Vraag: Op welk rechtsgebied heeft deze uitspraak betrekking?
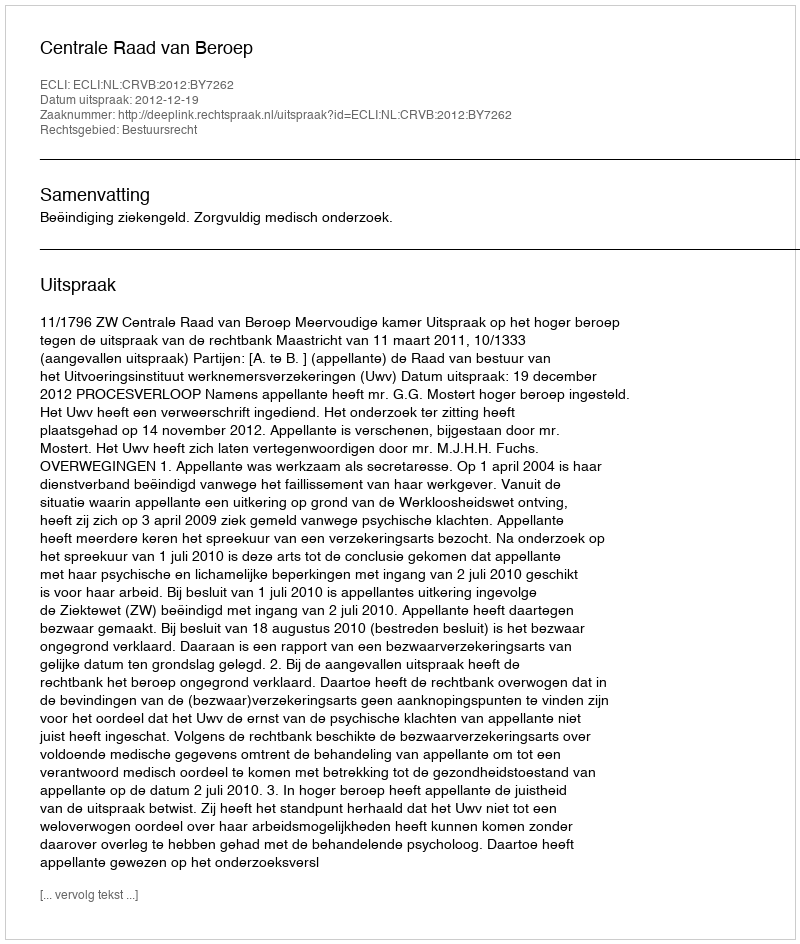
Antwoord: Bestuursrecht